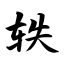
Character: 轶